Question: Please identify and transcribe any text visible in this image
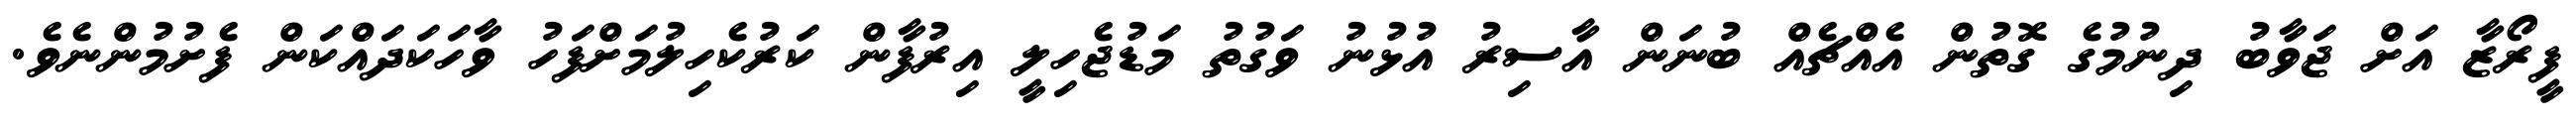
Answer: ފީރޯޒާ އަށް ޖަވާބު ދިނުމުގެ ގޮތުން އެއްޗެއް ބުނަން އާސިރު އުޅުނު ވަގުތު މަޑުޖެހިލީ އިރުފާން ކަރުކެހިލުމަށްފަހު ވާހަކަދައްކަން ފެށުމުންނެވެ.